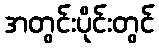
အတွင်းပိုင်းတွင်